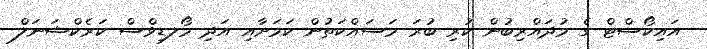
އައިކޯސްޓް ގެ މުދައްރިބުން ކުރި ބުރަ މަސައްކަތުން ކަމަށާއި އަދި މޯލޑިވްސް ކަރެކްޝަނަލް